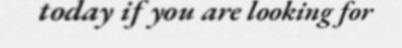
today if you are looking for